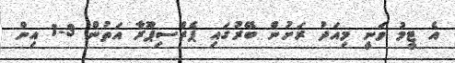
އެ ޓީމު ވަނީ މިއަދު ރަށުން ބޭރުގައި ޕެރްސިޕޫރާ އަތުން 3-1 އިން